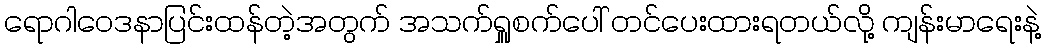
ရောဂါဝေဒနာပြင်းထန်တဲ့အတွက် အသက်ရှူစက်ပေါ် တင်ပေးထားရတယ်လို့ ကျန်းမာရေးနဲ့